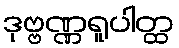
ဒုဗ္ဗဏ္ဏရူပါတ္ထ